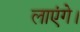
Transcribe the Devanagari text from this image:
लाएंगे।